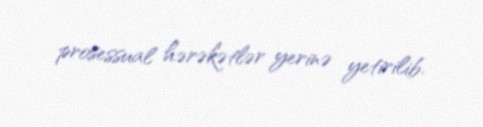
prosessual hərəkətlər yerinə yetirilib.